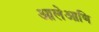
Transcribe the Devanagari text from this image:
आलेआणि